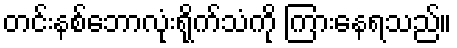
တင်းနစ်ဘောလုံးရိုက်သံကို ကြားနေရသည်။